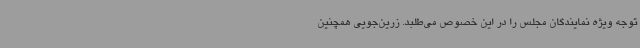
توجه ویژه نمایندگان مجلس را در این خصوص می‌طلبد. زرین‌جویی همچنین